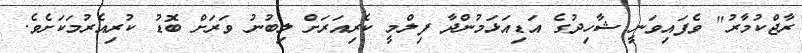
ރާޖްކުމާރު" ވެފައިވަނީ ޝާހިދުގެ އަޑިއަޅަމުންދާ ފިލްމީ ކެރިއަރަށް ލިބުނު ވަރަށް ބޮޑު ކުރިއެރުމަކަށެވެ.